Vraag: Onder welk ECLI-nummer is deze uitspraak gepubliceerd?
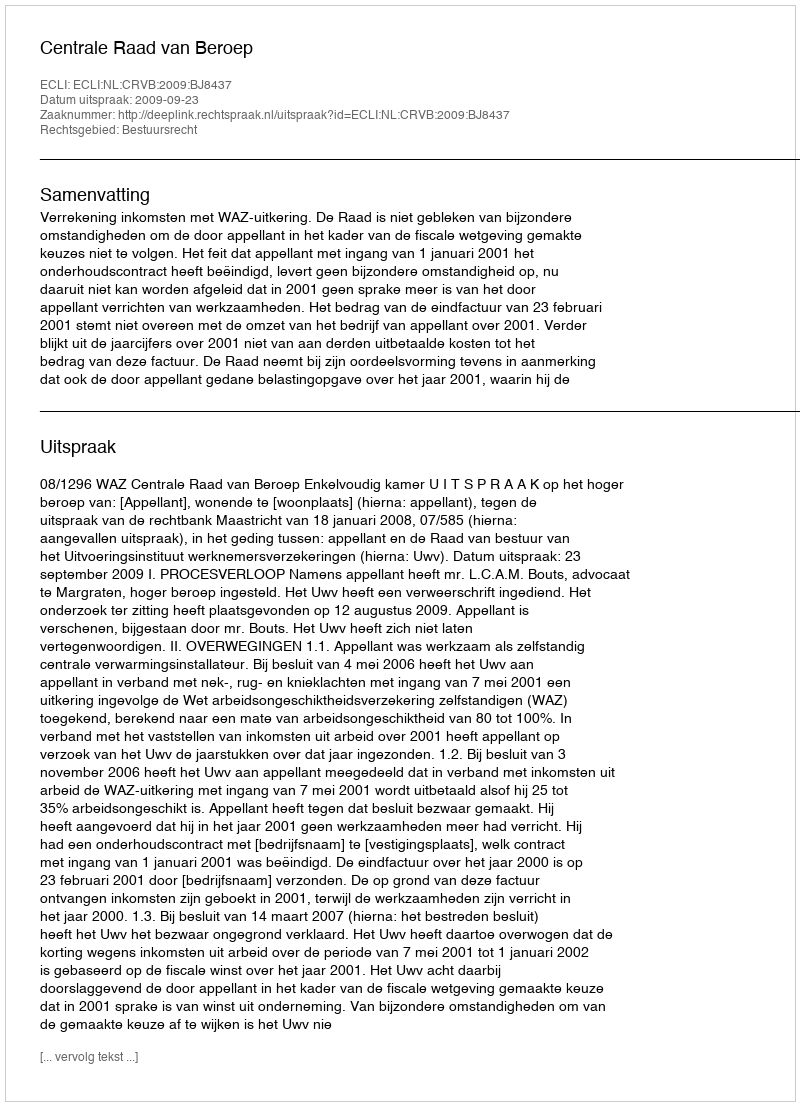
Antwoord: ECLI:NL:CRVB:2009:BJ8437